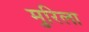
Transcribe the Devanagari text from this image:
मुरिला